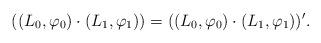
LaTeX: \begin{align*} ((L_0, \varphi_0) \cdot (L_1, \varphi_1)) = ((L_0, \varphi_0) \cdot (L_1, \varphi_1))'.\end{align*}